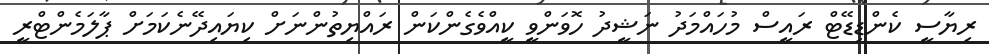
ރިޔާސީ ކެންޑިޑޭޓް ރައީސް މުހައްމަދު ނަޝީދު ހޮވަންވީ ކީއްވެގެންކަން ރައްޔިތުންނަށް ކިޔައިދޭނެކަމަށް ޕާލަމެންޓްރީ